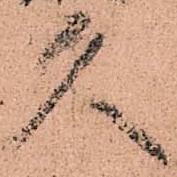
久